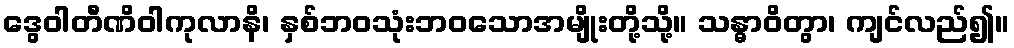
ဒွေဝါတီဏိဝါကုလာနိ၊ နှစ်ဘဝသုံးဘဝသောအမျိုးတို့သို့။ သန္ဓာဝိတွာ၊ ကျင်လည်၍။